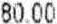
80.00